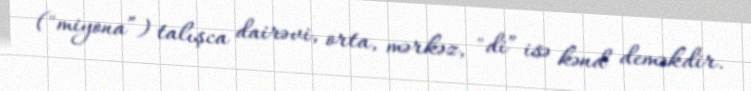
("miyona”) talışca dairəvi, orta, mərkəz, "di” isə kənd deməkdir.